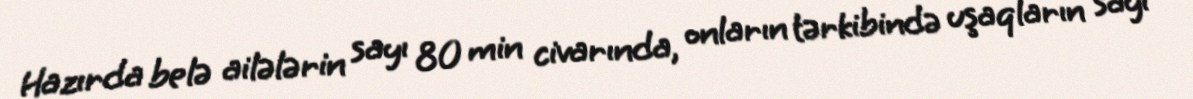
Hazırda belə ailələrin sayı 80 min civarında, onların tərkibində uşaqların sayı